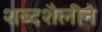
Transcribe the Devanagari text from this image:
शब्दशैलीने